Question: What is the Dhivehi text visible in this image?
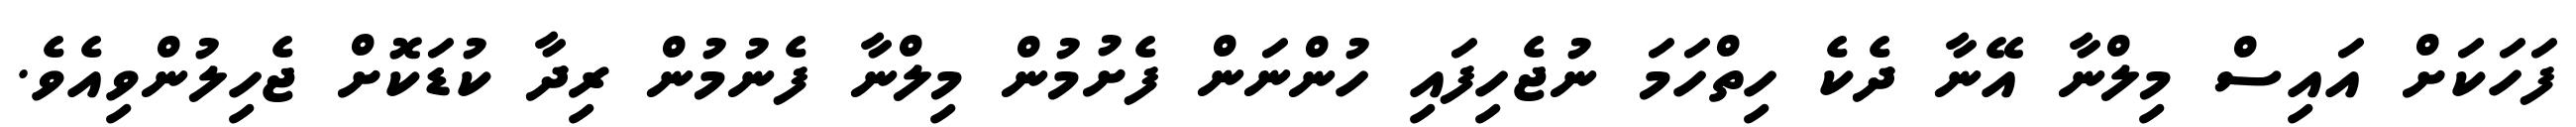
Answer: ފަހަކަށް އައިސް މިލްނާ އޭނާ ދެކެ ހިތްހަމަ ނުޖެހިފައި ހުންނަން ފެށުމުން މިލްނާ ފެނުމުން ރިދާ ކުޑަކޮށް ޖެހިލުންވިއެވެ.